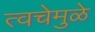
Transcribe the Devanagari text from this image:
त्वचेमुळे